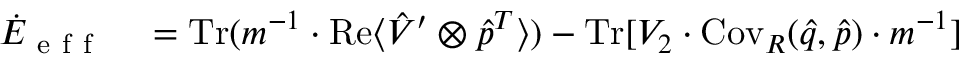
\begin{array} { r l } { \dot { E } _ { \mathrm { ~ e ~ f ~ f ~ } } } & { { } = \operatorname { T r } ( m ^ { - 1 } \cdot \operatorname { R e } \langle \hat { V } ^ { \prime } \otimes \hat { p } ^ { T } \rangle ) - \operatorname { T r } [ V _ { 2 } \cdot \operatorname { C o v } _ { R } ( \hat { q } , \hat { p } ) \cdot m ^ { - 1 } ] } \end{array}